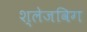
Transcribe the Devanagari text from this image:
श्लेजविग